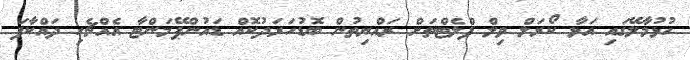
ހުޅުމާލޭގައި އަޅާ ކޯރަލް ވިލް ފްލެޓްތަށް ރައްޔިތުން ބޮޑުހަރަދުކޮއް ޑައުންޕޭމަންޓާ އެއްޗެހި ދައްކާފަ